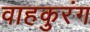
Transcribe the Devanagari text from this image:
वाहकुरंग